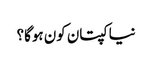
نیا کپتان کون ہوگا؟